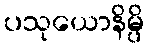
ပသုယောနိမ္ပိ